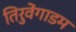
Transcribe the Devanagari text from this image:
तिरुवेंगाडम